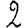
Digit: 2